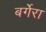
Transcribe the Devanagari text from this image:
बर्गेरा